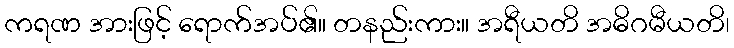
ကရဏ အားဖြင့် ရောက်အပ်၏။ တနည်းကား။ အရီယတိ အဓိဂမီယတိ၊